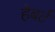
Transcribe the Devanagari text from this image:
हेबर्ट